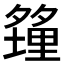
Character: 𪤿